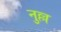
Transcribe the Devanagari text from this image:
नुल्ल